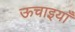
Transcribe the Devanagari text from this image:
ऊचाइयाँ